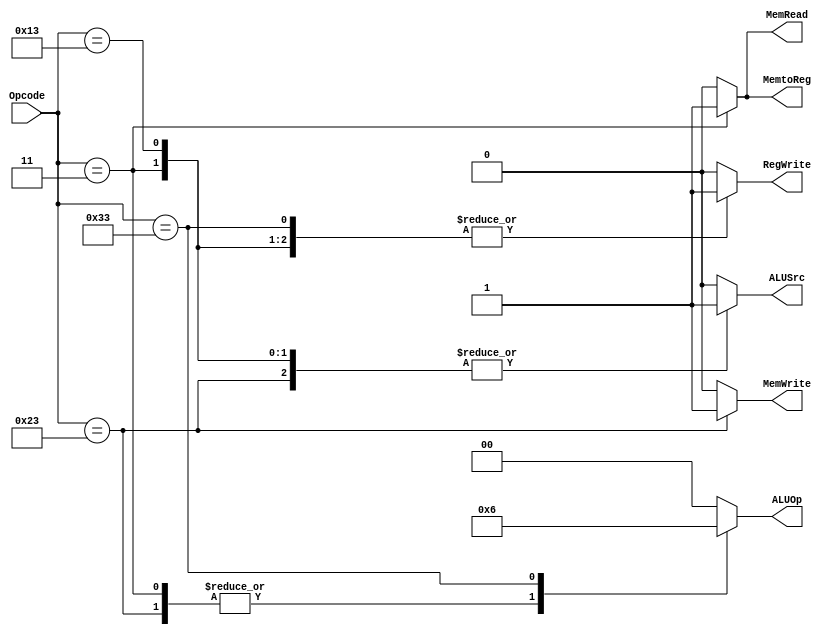
`timescale 1ns / 1ps
//////////////////////////////////////////////////////////////////////////////////
// Engineers:      Allan Montalvo, Lenin Munoz, Omar Aquino Pineda
// 
// Module Name:    Controller
// Project Name:   This controller will determine the signals for the alu_src,
//                 memtoreg, regwrite, memread, memwrite, and alu_op based on 
//                 the opcode generated from the datapath
//////////////////////////////////////////////////////////////////////////////////

module Controller( Opcode, ALUSrc, MemtoReg, RegWrite, MemRead, MemWrite, ALUOp );

    // define the input and output signals
    input [6:0] Opcode;
    output ALUSrc, MemtoReg, RegWrite, MemRead, MemWrite;
    output [1:0] ALUOp;
    
    // define registers
    reg ALUSrc, MemtoReg, RegWrite, MemRead, MemWrite;
    reg [1:0] ALUOp;
    
    // Define the Controller modules behavior
    always@(*)
        case(Opcode)         // Setting all signals based on the OPcode
            7'b0000011 : begin                  // Opcode for Load Word
                         MemtoReg = 1'b1;
                         MemWrite = 1'b0;
                         MemRead = 1'b1;
                         ALUSrc = 1'b1;
                         RegWrite = 1'b1;
                         ALUOp = 2'b01;
                         end
            7'b0100011 : begin                  // Opode for Store Word
                         MemtoReg = 1'b0;
                         MemWrite = 1'b1;
                         MemRead = 1'b0;
                         ALUSrc = 1'b1;
                         RegWrite = 1'b0;
                         ALUOp = 2'b01;
                         end 
            7'b0010011 : begin                  // Opcode for I-type Operation
                         MemtoReg = 1'b0;
                         MemWrite = 1'b0;
                         MemRead = 1'b0;
                         ALUSrc = 1'b1;
                         RegWrite = 1'b1;
                         ALUOp = 2'b00;
                         end
            7'b0110011 :begin                   // Opcode for R-type Operation
                         MemtoReg = 1'b0;
                         MemWrite = 1'b0;
                         MemRead = 1'b0;
                         ALUSrc = 1'b0;
                         RegWrite = 1'b1;
                         ALUOp = 2'b10;
                         end
            default    :begin                   // Set all signals to 0
                         MemtoReg = 1'b0;
                         MemWrite = 1'b0;
                         MemRead = 1'b0;
                         ALUSrc = 1'b0;
                         RegWrite = 1'b0;
                         ALUOp = 2'b00;
                         end
                         
        endcase
    
endmodule